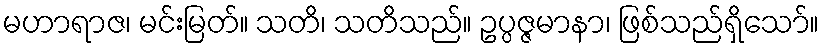
မဟာရာဇ၊ မင်းမြတ်။ သတိ၊ သတိသည်။ ဥပ္ပဇ္ဇမာနာ၊ ဖြစ်သည်ရှိသော်။